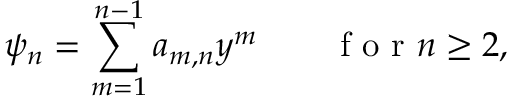
\psi _ { n } = \sum _ { m = 1 } ^ { n - 1 } a _ { m , n } y ^ { m } \qquad \mathrm { ~ f ~ o ~ r ~ } n \geq 2 ,